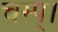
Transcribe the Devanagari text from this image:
चम्प्।